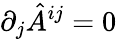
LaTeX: \partial_{j}\hat{A}^{ij}=0